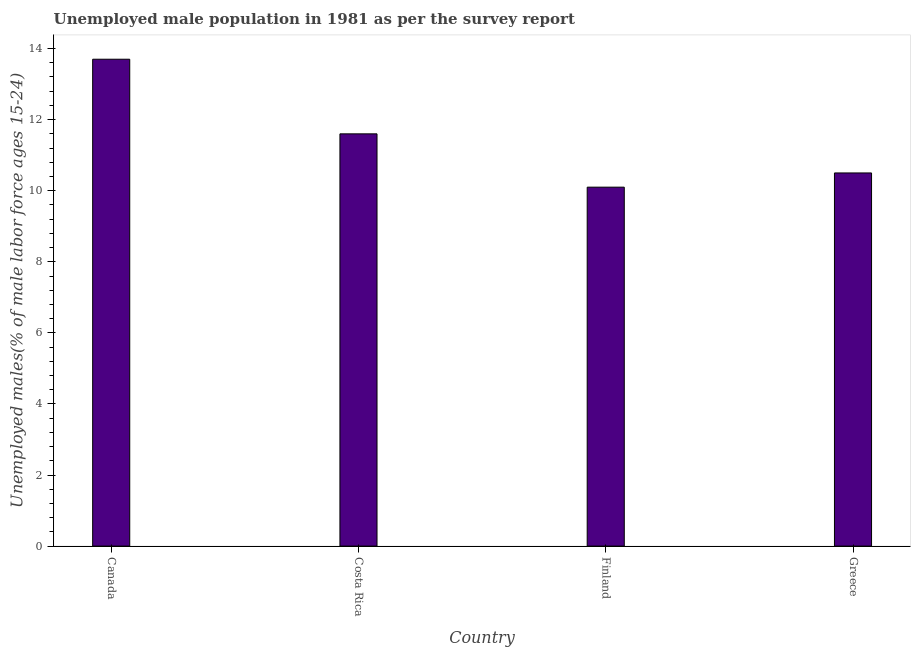
| Country | Unemployment youth male |
 | --- | --- |
 | Canada | 13.7 |
 | Costa Rica | 11.6 |
 | Finland | 10.1 |
 | Greece | 10.5 |